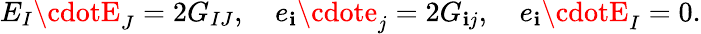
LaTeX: E_{I}\cdotE_{J}=2G_{IJ},\ \ \ \ e_{\mathbf{i}}\cdote_{j}=2G_{\mathbf{i}j},\ \ \ \ e_{\mathbf{i}}\cdotE_{I}=0.